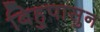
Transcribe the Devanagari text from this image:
बिहुपासुन